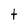
Character: t